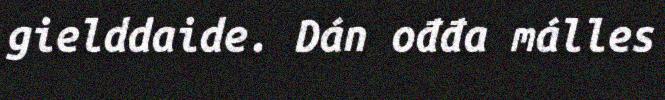
gielddaide. Dán ođđa málles